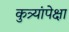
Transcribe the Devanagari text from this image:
कुत्र्यांपेक्षा